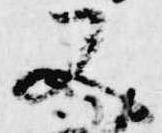
又